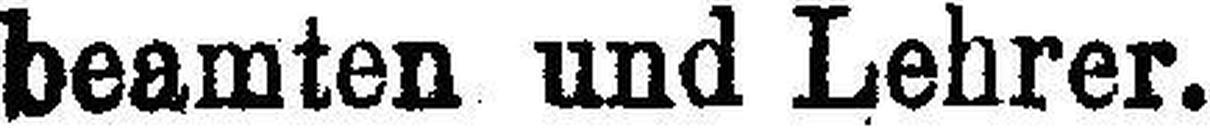
beamten und Lehrer.